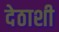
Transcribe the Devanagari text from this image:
देठाशी